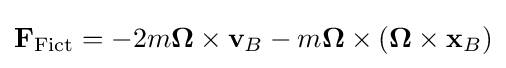
\mathbf {F} _{\mathrm {Fict} }=-2m{\boldsymbol {\Omega }}\times \mathbf {v} _{B}-m{\boldsymbol {\Omega }}\times ({\boldsymbol {\Omega }}\times \mathbf {x} _{B})